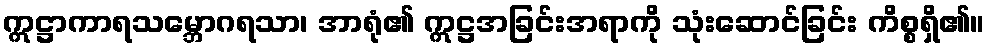
ဣဋ္ဌာကာရသမ္ဘောဂရသာ၊ အာရုံ၏ ဣဋ္ဌအခြင်းအရာကို သုံးဆောင်ခြင်း ကိစ္စရှိ၏။